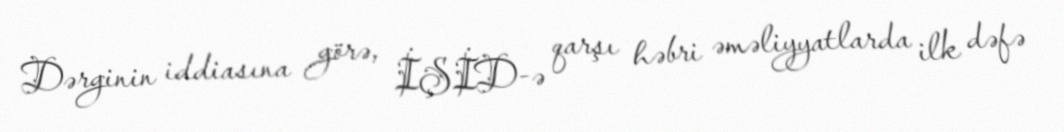
Dərginin iddiasına görə, İŞİD-ə qarşı həbri əməliyyatlarda ilk dəfə